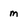
Character: m